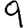
Digit: 9